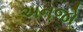
અનજો